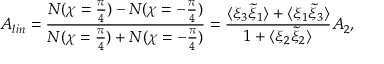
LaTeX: A _ { l i n } = \frac { N ( \chi = \frac { \pi } { 4 } ) - N ( \chi = - \frac { \pi } { 4 } ) } { N ( \chi = \frac { \pi } { 4 } ) + N ( \chi = - \frac { \pi } { 4 } ) } = \frac { \langle \xi _ { 3 } \tilde { \xi } _ { 1 } \rangle + \langle \xi _ { 1 } \tilde { \xi } _ { 3 } \rangle } { 1 + \langle \xi _ { 2 } \tilde { \xi } _ { 2 } \rangle } { \cal A } _ { 2 } ,